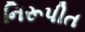
નિરૂપીત